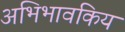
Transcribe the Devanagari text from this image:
अभिभावकिय